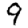
Digit: 9